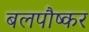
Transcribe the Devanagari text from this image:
बलपौष्कर